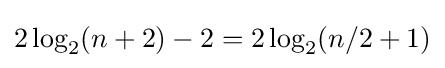
2\log _{2}(n+2)-2=2\log _{2}(n/2+1)